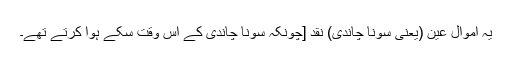
یہ اموال عین (یعنی سونا چاندی) نقد [چونکہ سونا چاندی کے اس وقت سکّے ہوا کرتے تھے۔